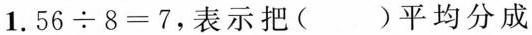
1.$$5 6 \div 8 = 7$$，表示把()平均分成